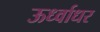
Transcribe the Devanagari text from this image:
ऊर्ध्‍वाधर